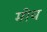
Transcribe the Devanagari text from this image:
मींच